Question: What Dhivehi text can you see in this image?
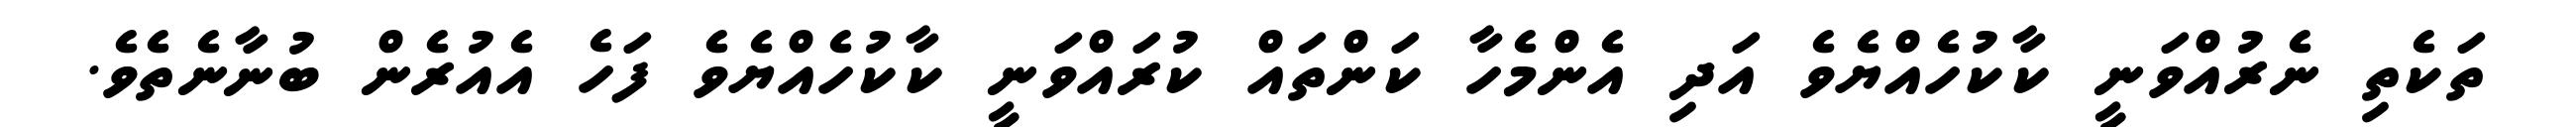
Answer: ތަކެތި ނެރުއްވަނީ ކާކުހެއްޔެވެ އަދި އެންމެހާ ކަންތައް ކުރައްވަނީ ކާކުހެއްޔެވެ ފަހެ އެއުރެން ބުނާނެތެވެ.